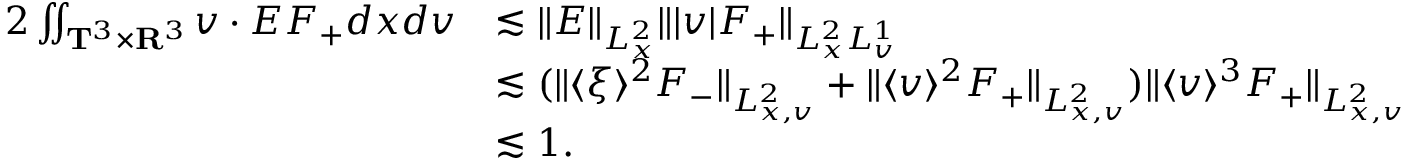
\begin{array} { r l } { 2 \iint _ { \mathbf T ^ { 3 } \times \mathbf R ^ { 3 } } v \cdot E F _ { + } d x d v } & { \lesssim \| E \| _ { L _ { x } ^ { 2 } } \| | v | F _ { + } \| _ { L _ { x } ^ { 2 } L _ { v } ^ { 1 } } } \\ & { \lesssim ( \| \langle \xi \rangle ^ { 2 } F _ { - } \| _ { L _ { x , v } ^ { 2 } } + \| \langle v \rangle ^ { 2 } F _ { + } \| _ { L _ { x , v } ^ { 2 } } ) \| \langle v \rangle ^ { 3 } F _ { + } \| _ { L _ { x , v } ^ { 2 } } } \\ & { \lesssim 1 . } \end{array}